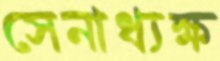
সেনাধ্যক্ষ